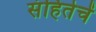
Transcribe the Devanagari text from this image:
संहितेचें